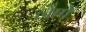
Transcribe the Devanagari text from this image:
लेणें